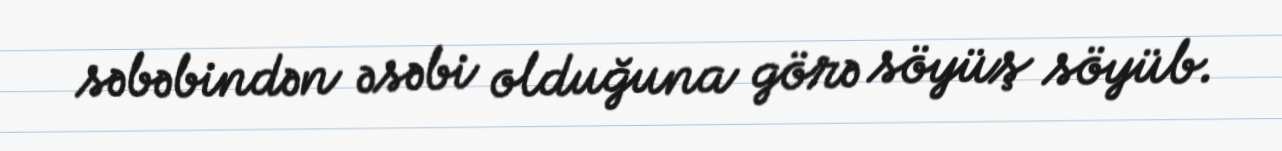
səbəbindən əsəbi olduğuna görə söyüş söyüb.